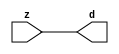

//------> ./rtl_mgc_ioport.v 
//------------------------------------------------------------------
//                M G C _ I O P O R T _ C O M P S
//------------------------------------------------------------------

//------------------------------------------------------------------
//                       M O D U L E S
//------------------------------------------------------------------

//------------------------------------------------------------------
//-- INPUT ENTITIES
//------------------------------------------------------------------

module mgc_in_wire (d, z);

  parameter integer rscid = 1;
  parameter integer width = 8;

  output [width-1:0] d;
  input  [width-1:0] z;

  wire   [width-1:0] d;

  assign d = z;

endmodule

//------------------------------------------------------------------

module mgc_in_wire_en (ld, d, lz, z);

  parameter integer rscid = 1;
  parameter integer width = 8;

  input              ld;
  output [width-1:0] d;
  output             lz;
  input  [width-1:0] z;

  wire   [width-1:0] d;
  wire               lz;

  assign d = z;
  assign lz = ld;

endmodule

//------------------------------------------------------------------

module mgc_in_wire_wait (ld, vd, d, lz, vz, z);

  parameter integer rscid = 1;
  parameter integer width = 8;

  input              ld;
  output             vd;
  output [width-1:0] d;
  output             lz;
  input              vz;
  input  [width-1:0] z;

  wire               vd;
  wire   [width-1:0] d;
  wire               lz;

  assign d = z;
  assign lz = ld;
  assign vd = vz;

endmodule
//------------------------------------------------------------------

module mgc_chan_in (ld, vd, d, lz, vz, z, size, req_size, sizez, sizelz);

  parameter integer rscid = 1;
  parameter integer width = 8;
  parameter integer sz_width = 8;

  input              ld;
  output             vd;
  output [width-1:0] d;
  output             lz;
  input              vz;
  input  [width-1:0] z;
  output [sz_width-1:0] size;
  input              req_size;
  input  [sz_width-1:0] sizez;
  output             sizelz;


  wire               vd;
  wire   [width-1:0] d;
  wire               lz;
  wire   [sz_width-1:0] size;
  wire               sizelz;

  assign d = z;
  assign lz = ld;
  assign vd = vz;
  assign size = sizez;
  assign sizelz = req_size;

endmodule


//------------------------------------------------------------------
//-- OUTPUT ENTITIES
//------------------------------------------------------------------

module mgc_out_stdreg (d, z);

  parameter integer rscid = 1;
  parameter integer width = 8;

  input    [width-1:0] d;
  output   [width-1:0] z;

  wire     [width-1:0] z;

  assign z = d;

endmodule

//------------------------------------------------------------------

module mgc_out_stdreg_en (ld, d, lz, z);

  parameter integer rscid = 1;
  parameter integer width = 8;

  input              ld;
  input  [width-1:0] d;
  output             lz;
  output [width-1:0] z;

  wire               lz;
  wire   [width-1:0] z;

  assign z = d;
  assign lz = ld;

endmodule

//------------------------------------------------------------------

module mgc_out_stdreg_wait (ld, vd, d, lz, vz, z);

  parameter integer rscid = 1;
  parameter integer width = 8;

  input              ld;
  output             vd;
  input  [width-1:0] d;
  output             lz;
  input              vz;
  output [width-1:0] z;

  wire               vd;
  wire               lz;
  wire   [width-1:0] z;

  assign z = d;
  assign lz = ld;
  assign vd = vz;

endmodule

//------------------------------------------------------------------

module mgc_out_prereg_en (ld, d, lz, z);

    parameter integer rscid = 1;
    parameter integer width = 8;

    input              ld;
    input  [width-1:0] d;
    output             lz;
    output [width-1:0] z;

    wire               lz;
    wire   [width-1:0] z;

    assign z = d;
    assign lz = ld;

endmodule

//------------------------------------------------------------------
//-- INOUT ENTITIES
//------------------------------------------------------------------

module mgc_inout_stdreg_en (ldin, din, ldout, dout, lzin, lzout, z);

    parameter integer rscid = 1;
    parameter integer width = 8;

    input              ldin;
    output [width-1:0] din;
    input              ldout;
    input  [width-1:0] dout;
    output             lzin;
    output             lzout;
    inout  [width-1:0] z;

    wire   [width-1:0] din;
    wire               lzin;
    wire               lzout;
    wire   [width-1:0] z;

    assign lzin = ldin;
    assign din = ldin ? z : {width{1'bz}};
    assign lzout = ldout;
    assign z = ldout ? dout : {width{1'bz}};

endmodule

//------------------------------------------------------------------
module hid_tribuf( I_SIG, ENABLE, O_SIG);
  parameter integer width = 8;

  input [width-1:0] I_SIG;
  input ENABLE;
  inout [width-1:0] O_SIG;

  assign O_SIG = (ENABLE) ? I_SIG : { width{1'bz}};

endmodule
//------------------------------------------------------------------

module mgc_inout_stdreg_wait (ldin, vdin, din, ldout, vdout, dout, lzin, vzin, lzout, vzout, z);

    parameter integer rscid = 1;
    parameter integer width = 8;

    input              ldin;
    output             vdin;
    output [width-1:0] din;
    input              ldout;
    output             vdout;
    input  [width-1:0] dout;
    output             lzin;
    input              vzin;
    output             lzout;
    input              vzout;
    inout  [width-1:0] z;

    wire               vdin;
    wire   [width-1:0] din;
    wire               vdout;
    wire               lzin;
    wire               lzout;
    wire   [width-1:0] z;
    wire   ldout_and_vzout;

    assign lzin = ldin;
    assign vdin = vzin;
    assign din = ldin ? z : {width{1'bz}};
    assign lzout = ldout;
    assign vdout = vzout ;
    assign ldout_and_vzout = ldout && vzout ;

    hid_tribuf #(width) tb( .I_SIG(dout),
                            .ENABLE(ldout_and_vzout),
                            .O_SIG(z) );

endmodule

//------------------------------------------------------------------

module mgc_inout_buf_wait (clk, en, arst, srst, ldin, vdin, din, ldout, vdout, dout, lzin, vzin, lzout, vzout, z);

    parameter integer rscid   = 0; // resource ID
    parameter integer width   = 8; // fifo width
    parameter         ph_clk  =  1'b1; // clock polarity 1=rising edge, 0=falling edge
    parameter         ph_en   =  1'b1; // clock enable polarity
    parameter         ph_arst =  1'b1; // async reset polarity
    parameter         ph_srst =  1'b1; // sync reset polarity

    input              clk;
    input              en;
    input              arst;
    input              srst;
    input              ldin;
    output             vdin;
    output [width-1:0] din;
    input              ldout;
    output             vdout;
    input  [width-1:0] dout;
    output             lzin;
    input              vzin;
    output             lzout;
    input              vzout;
    inout  [width-1:0] z;

    wire               lzout_buf;
    wire               vzout_buf;
    wire   [width-1:0] z_buf;
    wire               vdin;
    wire   [width-1:0] din;
    wire               vdout;
    wire               lzin;
    wire               lzout;
    wire   [width-1:0] z;

    assign lzin = ldin;
    assign vdin = vzin;
    assign din = ldin ? z : {width{1'bz}};
    assign lzout = lzout_buf & ~ldin;
    assign vzout_buf = vzout & ~ldin;
    hid_tribuf #(width) tb( .I_SIG(z_buf),
                            .ENABLE((lzout_buf && (!ldin) && vzout) ),
                            .O_SIG(z)  );

    mgc_out_buf_wait
    #(
        .rscid   (rscid),
        .width   (width),
        .ph_clk  (ph_clk),
        .ph_en   (ph_en),
        .ph_arst (ph_arst),
        .ph_srst (ph_srst)
    )
    BUFF
    (
        .clk     (clk),
        .en      (en),
        .arst    (arst),
        .srst    (srst),
        .ld      (ldout),
        .vd      (vdout),
        .d       (dout),
        .lz      (lzout_buf),
        .vz      (vzout_buf),
        .z       (z_buf)
    );


endmodule

module mgc_inout_fifo_wait (clk, en, arst, srst, ldin, vdin, din, ldout, vdout, dout, lzin, vzin, lzout, vzout, z);

    parameter integer rscid   = 0; // resource ID
    parameter integer width   = 8; // fifo width
    parameter integer fifo_sz = 8; // fifo depth
    parameter         ph_clk  = 1'b1;  // clock polarity 1=rising edge, 0=falling edge
    parameter         ph_en   = 1'b1;  // clock enable polarity
    parameter         ph_arst = 1'b1;  // async reset polarity
    parameter         ph_srst = 1'b1;  // sync reset polarity
    parameter integer ph_log2 = 3;     // log2(fifo_sz)
    parameter integer pwropt  = 0;     // pwropt

    input              clk;
    input              en;
    input              arst;
    input              srst;
    input              ldin;
    output             vdin;
    output [width-1:0] din;
    input              ldout;
    output             vdout;
    input  [width-1:0] dout;
    output             lzin;
    input              vzin;
    output             lzout;
    input              vzout;
    inout  [width-1:0] z;

    wire               lzout_buf;
    wire               vzout_buf;
    wire   [width-1:0] z_buf;
    wire               comb;
    wire               vdin;
    wire   [width-1:0] din;
    wire               vdout;
    wire               lzin;
    wire               lzout;
    wire   [width-1:0] z;

    assign lzin = ldin;
    assign vdin = vzin;
    assign din = ldin ? z : {width{1'bz}};
    assign lzout = lzout_buf & ~ldin;
    assign vzout_buf = vzout & ~ldin;
    assign comb = (lzout_buf && (!ldin) && vzout);

    hid_tribuf #(width) tb2( .I_SIG(z_buf), .ENABLE(comb), .O_SIG(z)  );

    mgc_out_fifo_wait
    #(
        .rscid   (rscid),
        .width   (width),
        .fifo_sz (fifo_sz),
        .ph_clk  (ph_clk),
        .ph_en   (ph_en),
        .ph_arst (ph_arst),
        .ph_srst (ph_srst),
        .ph_log2 (ph_log2),
        .pwropt  (pwropt)
    )
    FIFO
    (
        .clk   (clk),
        .en      (en),
        .arst    (arst),
        .srst    (srst),
        .ld      (ldout),
        .vd      (vdout),
        .d       (dout),
        .lz      (lzout_buf),
        .vz      (vzout_buf),
        .z       (z_buf)
    );

endmodule

//------------------------------------------------------------------
//-- I/O SYNCHRONIZATION ENTITIES
//------------------------------------------------------------------

module mgc_io_sync (ld, lz);

    input  ld;
    output lz;

    assign lz = ld;

endmodule

module mgc_bsync_rdy (rd, rz);

    parameter integer rscid   = 0; // resource ID
    parameter ready = 1;
    parameter valid = 0;

    input  rd;
    output rz;

    wire   rz;

    assign rz = rd;

endmodule

module mgc_bsync_vld (vd, vz);

    parameter integer rscid   = 0; // resource ID
    parameter ready = 0;
    parameter valid = 1;

    output vd;
    input  vz;

    wire   vd;

    assign vd = vz;

endmodule

module mgc_bsync_rv (rd, vd, rz, vz);

    parameter integer rscid   = 0; // resource ID
    parameter ready = 1;
    parameter valid = 1;

    input  rd;
    output vd;
    output rz;
    input  vz;

    wire   vd;
    wire   rz;

    assign rz = rd;
    assign vd = vz;

endmodule

//------------------------------------------------------------------

module mgc_sync (ldin, vdin, ldout, vdout);

  input  ldin;
  output vdin;
  input  ldout;
  output vdout;

  wire   vdin;
  wire   vdout;

  assign vdin = ldout;
  assign vdout = ldin;

endmodule

///////////////////////////////////////////////////////////////////////////////
// dummy function used to preserve funccalls for modulario
// it looks like a memory read to the caller
///////////////////////////////////////////////////////////////////////////////
module funccall_inout (d, ad, bd, z, az, bz);

  parameter integer ram_id = 1;
  parameter integer width = 8;
  parameter integer addr_width = 8;

  output [width-1:0]       d;
  input  [addr_width-1:0]  ad;
  input                    bd;
  input  [width-1:0]       z;
  output [addr_width-1:0]  az;
  output                   bz;

  wire   [width-1:0]       d;
  wire   [addr_width-1:0]  az;
  wire                     bz;

  assign d  = z;
  assign az = ad;
  assign bz = bd;

endmodule


///////////////////////////////////////////////////////////////////////////////
// inlinable modular io not otherwise found in mgc_ioport
///////////////////////////////////////////////////////////////////////////////

module modulario_en_in (vd, d, vz, z);

  parameter integer rscid = 1;
  parameter integer width = 8;

  output             vd;
  output [width-1:0] d;
  input              vz;
  input  [width-1:0] z;

  wire   [width-1:0] d;
  wire               vd;

  assign d = z;
  assign vd = vz;

endmodule

//------> ./rtl_mgc_ioport_v2001.v 
//------------------------------------------------------------------

module mgc_out_reg_pos (clk, en, arst, srst, ld, d, lz, z);

    parameter integer rscid   = 1;
    parameter integer width   = 8;
    parameter         ph_en   =  1'b1;
    parameter         ph_arst =  1'b1;
    parameter         ph_srst =  1'b1;

    input              clk;
    input              en;
    input              arst;
    input              srst;
    input              ld;
    input  [width-1:0] d;
    output             lz;
    output [width-1:0] z;

    reg                lz;
    reg    [width-1:0] z;

    generate
    if (ph_arst == 1'b0)
    begin: NEG_ARST
        always @(posedge clk or negedge arst)
        if (arst == 1'b0)
        begin: B1
            lz <= 1'b0;
            z  <= {width{1'b0}};
        end
        else if (srst == ph_srst)
        begin: B2
            lz <= 1'b0;
            z  <= {width{1'b0}};
        end
        else if (en == ph_en)
        begin: B3
            lz <= ld;
            z  <= (ld) ? d : z;
        end
    end
    else
    begin: POS_ARST
        always @(posedge clk or posedge arst)
        if (arst == 1'b1)
        begin: B1
            lz <= 1'b0;
            z  <= {width{1'b0}};
        end
        else if (srst == ph_srst)
        begin: B2
            lz <= 1'b0;
            z  <= {width{1'b0}};
        end
        else if (en == ph_en)
        begin: B3
            lz <= ld;
            z  <= (ld) ? d : z;
        end
    end
    endgenerate

endmodule

//------------------------------------------------------------------

module mgc_out_reg_neg (clk, en, arst, srst, ld, d, lz, z);

    parameter integer rscid   = 1;
    parameter integer width   = 8;
    parameter         ph_en   =  1'b1;
    parameter         ph_arst =  1'b1;
    parameter         ph_srst =  1'b1;

    input              clk;
    input              en;
    input              arst;
    input              srst;
    input              ld;
    input  [width-1:0] d;
    output             lz;
    output [width-1:0] z;

    reg                lz;
    reg    [width-1:0] z;

    generate
    if (ph_arst == 1'b0)
    begin: NEG_ARST
        always @(negedge clk or negedge arst)
        if (arst == 1'b0)
        begin: B1
            lz <= 1'b0;
            z  <= {width{1'b0}};
        end
        else if (srst == ph_srst)
        begin: B2
            lz <= 1'b0;
            z  <= {width{1'b0}};
        end
        else if (en == ph_en)
        begin: B3
            lz <= ld;
            z  <= (ld) ? d : z;
        end
    end
    else
    begin: POS_ARST
        always @(negedge clk or posedge arst)
        if (arst == 1'b1)
        begin: B1
            lz <= 1'b0;
            z  <= {width{1'b0}};
        end
        else if (srst == ph_srst)
        begin: B2
            lz <= 1'b0;
            z  <= {width{1'b0}};
        end
        else if (en == ph_en)
        begin: B3
            lz <= ld;
            z  <= (ld) ? d : z;
        end
    end
    endgenerate

endmodule

//------------------------------------------------------------------

module mgc_out_reg (clk, en, arst, srst, ld, d, lz, z); // Not Supported

    parameter integer rscid   = 1;
    parameter integer width   = 8;
    parameter         ph_clk  =  1'b1;
    parameter         ph_en   =  1'b1;
    parameter         ph_arst =  1'b1;
    parameter         ph_srst =  1'b1;

    input              clk;
    input              en;
    input              arst;
    input              srst;
    input              ld;
    input  [width-1:0] d;
    output             lz;
    output [width-1:0] z;


    generate
    if (ph_clk == 1'b0)
    begin: NEG_EDGE

        mgc_out_reg_neg
        #(
            .rscid   (rscid),
            .width   (width),
            .ph_en   (ph_en),
            .ph_arst (ph_arst),
            .ph_srst (ph_srst)
        )
        mgc_out_reg_neg_inst
        (
            .clk     (clk),
            .en      (en),
            .arst    (arst),
            .srst    (srst),
            .ld      (ld),
            .d       (d),
            .lz      (lz),
            .z       (z)
        );

    end
    else
    begin: POS_EDGE

        mgc_out_reg_pos
        #(
            .rscid   (rscid),
            .width   (width),
            .ph_en   (ph_en),
            .ph_arst (ph_arst),
            .ph_srst (ph_srst)
        )
        mgc_out_reg_pos_inst
        (
            .clk     (clk),
            .en      (en),
            .arst    (arst),
            .srst    (srst),
            .ld      (ld),
            .d       (d),
            .lz      (lz),
            .z       (z)
        );

    end
    endgenerate

endmodule




//------------------------------------------------------------------

module mgc_out_buf_wait (clk, en, arst, srst, ld, vd, d, vz, lz, z); // Not supported

    parameter integer rscid   = 1;
    parameter integer width   = 8;
    parameter         ph_clk  =  1'b1;
    parameter         ph_en   =  1'b1;
    parameter         ph_arst =  1'b1;
    parameter         ph_srst =  1'b1;

    input              clk;
    input              en;
    input              arst;
    input              srst;
    input              ld;
    output             vd;
    input  [width-1:0] d;
    output             lz;
    input              vz;
    output [width-1:0] z;

    wire               filled;
    wire               filled_next;
    wire   [width-1:0] abuf;
    wire               lbuf;


    assign filled_next = (filled & (~vz)) | (filled & ld) | (ld & (~vz));

    assign lbuf = ld & ~(filled ^ vz);

    assign vd = vz | ~filled;

    assign lz = ld | filled;

    assign z = (filled) ? abuf : d;

    wire dummy;
    wire dummy_bufreg_lz;

    // Output registers:
    mgc_out_reg
    #(
        .rscid   (rscid),
        .width   (1'b1),
        .ph_clk  (ph_clk),
        .ph_en   (ph_en),
        .ph_arst (ph_arst),
        .ph_srst (ph_srst)
    )
    STATREG
    (
        .clk     (clk),
        .en      (en),
        .arst    (arst),
        .srst    (srst),
        .ld      (filled_next),
        .d       (1'b0),       // input d is unused
        .lz      (filled),
        .z       (dummy)            // output z is unused
    );

    mgc_out_reg
    #(
        .rscid   (rscid),
        .width   (width),
        .ph_clk  (ph_clk),
        .ph_en   (ph_en),
        .ph_arst (ph_arst),
        .ph_srst (ph_srst)
    )
    BUFREG
    (
        .clk     (clk),
        .en      (en),
        .arst    (arst),
        .srst    (srst),
        .ld      (lbuf),
        .d       (d),
        .lz      (dummy_bufreg_lz),
        .z       (abuf)
    );

endmodule

//------------------------------------------------------------------

module mgc_out_fifo_wait (clk, en, arst, srst, ld, vd, d, lz, vz,  z);

    parameter integer rscid   = 0; // resource ID
    parameter integer width   = 8; // fifo width
    parameter integer fifo_sz = 8; // fifo depth
    parameter         ph_clk  = 1'b1; // clock polarity 1=rising edge, 0=falling edge
    parameter         ph_en   = 1'b1; // clock enable polarity
    parameter         ph_arst = 1'b1; // async reset polarity
    parameter         ph_srst = 1'b1; // sync reset polarity
    parameter integer ph_log2 = 3; // log2(fifo_sz)
    parameter integer pwropt  = 0; // pwropt


    input                 clk;
    input                 en;
    input                 arst;
    input                 srst;
    input                 ld;    // load data
    output                vd;    // fifo full active low
    input     [width-1:0] d;
    output                lz;    // fifo ready to send
    input                 vz;    // dest ready for data
    output    [width-1:0] z;

    wire    [31:0]      size;


      // Output registers:
 mgc_out_fifo_wait_core#(
        .rscid   (rscid),
        .width   (width),
        .sz_width (32),
        .fifo_sz (fifo_sz),
        .ph_clk  (ph_clk),
        .ph_en   (ph_en),
        .ph_arst (ph_arst),
        .ph_srst (ph_srst),
        .ph_log2 (ph_log2),
        .pwropt  (pwropt)
        ) CORE (
        .clk (clk),
        .en (en),
        .arst (arst),
        .srst (srst),
        .ld (ld),
        .vd (vd),
        .d (d),
        .lz (lz),
        .vz (vz),
        .z (z),
        .size (size)
        );

endmodule



module mgc_out_fifo_wait_core (clk, en, arst, srst, ld, vd, d, lz, vz,  z, size);

    parameter integer rscid   = 0; // resource ID
    parameter integer width   = 8; // fifo width
    parameter integer sz_width = 8; // size of port for elements in fifo
    parameter integer fifo_sz = 8; // fifo depth
    parameter         ph_clk  =  1'b1; // clock polarity 1=rising edge, 0=falling edge
    parameter         ph_en   =  1'b1; // clock enable polarity
    parameter         ph_arst =  1'b1; // async reset polarity
    parameter         ph_srst =  1'b1; // sync reset polarity
    parameter integer ph_log2 = 3; // log2(fifo_sz)
    parameter integer pwropt  = 0; // pwropt

   localparam integer  fifo_b = width * fifo_sz;

    input                 clk;
    input                 en;
    input                 arst;
    input                 srst;
    input                 ld;    // load data
    output                vd;    // fifo full active low
    input     [width-1:0] d;
    output                lz;    // fifo ready to send
    input                 vz;    // dest ready for data
    output    [width-1:0] z;
    output    [sz_width-1:0]      size;

    reg      [( (fifo_sz > 0) ? fifo_sz : 1)-1:0] stat_pre;
    wire     [( (fifo_sz > 0) ? fifo_sz : 1)-1:0] stat;
    reg      [( (fifo_b > 0) ? fifo_b : 1)-1:0] buff_pre;
    wire     [( (fifo_b > 0) ? fifo_b : 1)-1:0] buff;
    reg      [( (fifo_sz > 0) ? fifo_sz : 1)-1:0] en_l;
    reg      [(((fifo_sz > 0) ? fifo_sz : 1)-1)/8:0] en_l_s;

    reg       [width-1:0] buff_nxt;

    reg                   stat_nxt;
    reg                   stat_before;
    reg                   stat_after;
    reg                   en_l_var;

    integer               i;
    genvar                eni;

    wire [32:0]           size_t;
    reg [31:0]            count;
    reg [31:0]            count_t;
    reg [32:0]            n_elem;
// pragma translate_off
    reg [31:0]            peak;
// pragma translate_on

    wire [( (fifo_sz > 0) ? fifo_sz : 1)-1:0] dummy_statreg_lz;
    wire [( (fifo_b > 0) ? fifo_b : 1)-1:0] dummy_bufreg_lz;

    generate
    if ( fifo_sz > 0 )
    begin: FIFO_REG
      assign vd = vz | ~stat[0];
      assign lz = ld | stat[fifo_sz-1];
      assign size_t = (count - (vz && stat[fifo_sz-1])) + ld;
      assign size = size_t[sz_width-1:0];
      assign z = (stat[fifo_sz-1]) ? buff[fifo_b-1:width*(fifo_sz-1)] : d;

      always @(*)
      begin: FIFOPROC
        n_elem = 33'b0;
        for (i = fifo_sz-1; i >= 0; i = i - 1)
        begin
          if (i != 0)
            stat_before = stat[i-1];
          else
            stat_before = 1'b0;

          if (i != (fifo_sz-1))
            stat_after = stat[i+1];
          else
            stat_after = 1'b1;

          stat_nxt = stat_after &
                    (stat_before | (stat[i] & (~vz)) | (stat[i] & ld) | (ld & (~vz)));

          stat_pre[i] = stat_nxt;
          en_l_var = 1'b1;
          if (!stat_nxt)
            begin
              buff_nxt = {width{1'b0}};
              en_l_var = 1'b0;
            end
          else if (vz && stat_before)
            buff_nxt[0+:width] = buff[width*(i-1)+:width];
          else if (ld && !((vz && stat_before) || ((!vz) && stat[i])))
            buff_nxt = d;
          else
            begin
              if (pwropt == 0)
                buff_nxt[0+:width] = buff[width*i+:width];
              else
                buff_nxt = {width{1'b0}};
              en_l_var = 1'b0;
            end

          if (ph_en != 0)
            en_l[i] = en & en_l_var;
          else
            en_l[i] = en | ~en_l_var;

          buff_pre[width*i+:width] = buff_nxt[0+:width];

          if ((stat_after == 1'b1) && (stat[i] == 1'b0))
            n_elem = ($unsigned(fifo_sz) - 1) - i;
        end

        if (ph_en != 0)
          en_l_s[(((fifo_sz > 0) ? fifo_sz : 1)-1)/8] = 1'b1;
        else
          en_l_s[(((fifo_sz > 0) ? fifo_sz : 1)-1)/8] = 1'b0;

        for (i = fifo_sz-1; i >= 7; i = i - 1)
        begin
          if ((i%'d2) == 0)
          begin
            if (ph_en != 0)
              en_l_s[(i/8)-1] = en & (stat[i]|stat_pre[i-1]);
            else
              en_l_s[(i/8)-1] = en | ~(stat[i]|stat_pre[i-1]);
          end
        end

        if ( stat[fifo_sz-1] == 1'b0 )
          count_t = 32'b0;
        else if ( stat[0] == 1'b1 )
          count_t = { {(32-ph_log2){1'b0}}, fifo_sz};
        else
          count_t = n_elem[31:0];
        count = count_t;
// pragma translate_off
        if ( peak < count )
          peak = count;
// pragma translate_on
      end

      if (pwropt == 0)
      begin: NOCGFIFO
        // Output registers:
        mgc_out_reg
        #(
            .rscid   (rscid),
            .width   (fifo_sz),
            .ph_clk  (ph_clk),
            .ph_en   (ph_en),
            .ph_arst (ph_arst),
            .ph_srst (ph_srst)
        )
        STATREG
        (
            .clk     (clk),
            .en      (en),
            .arst    (arst),
            .srst    (srst),
            .ld      (1'b1),
            .d       (stat_pre),
            .lz      (dummy_statreg_lz[0]),
            .z       (stat)
        );
        mgc_out_reg
        #(
            .rscid   (rscid),
            .width   (fifo_b),
            .ph_clk  (ph_clk),
            .ph_en   (ph_en),
            .ph_arst (ph_arst),
            .ph_srst (ph_srst)
        )
        BUFREG
        (
            .clk     (clk),
            .en      (en),
            .arst    (arst),
            .srst    (srst),
            .ld      (1'b1),
            .d       (buff_pre),
            .lz      (dummy_bufreg_lz[0]),
            .z       (buff)
        );
      end
      else
      begin: CGFIFO
        // Output registers:
        if ( pwropt > 1)
        begin: CGSTATFIFO2
          for (eni = fifo_sz-1; eni >= 0; eni = eni - 1)
          begin: pwroptGEN1
            mgc_out_reg
            #(
              .rscid   (rscid),
              .width   (1),
              .ph_clk  (ph_clk),
              .ph_en   (ph_en),
              .ph_arst (ph_arst),
              .ph_srst (ph_srst)
            )
            STATREG
            (
              .clk     (clk),
              .en      (en_l_s[eni/8]),
              .arst    (arst),
              .srst    (srst),
              .ld      (1'b1),
              .d       (stat_pre[eni]),
              .lz      (dummy_statreg_lz[eni]),
              .z       (stat[eni])
            );
          end
        end
        else
        begin: CGSTATFIFO
          mgc_out_reg
          #(
            .rscid   (rscid),
            .width   (fifo_sz),
            .ph_clk  (ph_clk),
            .ph_en   (ph_en),
            .ph_arst (ph_arst),
            .ph_srst (ph_srst)
          )
          STATREG
          (
            .clk     (clk),
            .en      (en),
            .arst    (arst),
            .srst    (srst),
            .ld      (1'b1),
            .d       (stat_pre),
            .lz      (dummy_statreg_lz[0]),
            .z       (stat)
          );
        end
        for (eni = fifo_sz-1; eni >= 0; eni = eni - 1)
        begin: pwroptGEN2
          mgc_out_reg
          #(
            .rscid   (rscid),
            .width   (width),
            .ph_clk  (ph_clk),
            .ph_en   (ph_en),
            .ph_arst (ph_arst),
            .ph_srst (ph_srst)
          )
          BUFREG
          (
            .clk     (clk),
            .en      (en_l[eni]),
            .arst    (arst),
            .srst    (srst),
            .ld      (1'b1),
            .d       (buff_pre[width*eni+:width]),
            .lz      (dummy_bufreg_lz[eni]),
            .z       (buff[width*eni+:width])
          );
        end
      end
    end
    else
    begin: FEED_THRU
      assign vd = vz;
      assign lz = ld;
      assign z = d;
      assign size = ld && !vz;
    end
    endgenerate

endmodule

//------------------------------------------------------------------
//-- PIPE ENTITIES
//------------------------------------------------------------------
/*
 *
 *             _______________________________________________
 * WRITER    |                                               |          READER
 *           |           MGC_PIPE                            |
 *           |           __________________________          |
 *        --<| vdout  --<| vd ---------------  vz<|-----ldin<|---
 *           |           |      FIFO              |          |
 *        ---|>ldout  ---|>ld ---------------- lz |> ---vdin |>--
 *        ---|>dout -----|>d  ---------------- dz |> ----din |>--
 *           |           |________________________|          |
 *           |_______________________________________________|
 */
// two clock pipe
module mgc_pipe (clk, en, arst, srst, ldin, vdin, din, ldout, vdout, dout, size, req_size);

    parameter integer rscid   = 0; // resource ID
    parameter integer width   = 8; // fifo width
    parameter integer sz_width = 8; // width of size of elements in fifo
    parameter integer fifo_sz = 8; // fifo depth
    parameter integer log2_sz = 3; // log2(fifo_sz)
    parameter         ph_clk  = 1'b1;  // clock polarity 1=rising edge, 0=falling edge
    parameter         ph_en   = 1'b1;  // clock enable polarity
    parameter         ph_arst = 1'b1;  // async reset polarity
    parameter         ph_srst = 1'b1;  // sync reset polarity
    parameter integer pwropt  = 0; // pwropt

    input              clk;
    input              en;
    input              arst;
    input              srst;
    input              ldin;
    output             vdin;
    output [width-1:0] din;
    input              ldout;
    output             vdout;
    input  [width-1:0] dout;
    output [sz_width-1:0]      size;
    input              req_size;


    mgc_out_fifo_wait_core
    #(
        .rscid    (rscid),
        .width    (width),
        .sz_width (sz_width),
        .fifo_sz  (fifo_sz),
        .ph_clk   (ph_clk),
        .ph_en    (ph_en),
        .ph_arst  (ph_arst),
        .ph_srst  (ph_srst),
        .ph_log2  (log2_sz),
        .pwropt   (pwropt)
    )
    FIFO
    (
        .clk     (clk),
        .en      (en),
        .arst    (arst),
        .srst    (srst),
        .ld      (ldout),
        .vd      (vdout),
        .d       (dout),
        .lz      (vdin),
        .vz      (ldin),
        .z       (din),
        .size    (size)
    );

endmodule


//------> ./rtl.v 
// ----------------------------------------------------------------------
//  HLS HDL:        Verilog Netlister
//  HLS Version:    2011a.126 Production Release
//  HLS Date:       Wed Aug  8 00:52:07 PDT 2012
// 
//  Generated by:   cm2715@EEWS104A-016
//  Generated date: Wed May 04 14:36:39 2016
// ----------------------------------------------------------------------

// 
// ------------------------------------------------------------------
//  Design Unit:    Render_core_fsm
//  FSM Module
// ------------------------------------------------------------------


module Render_core_fsm (
  clk, rst, fsm_output
);
  input clk;
  input rst;
  output [1:0] fsm_output;
  reg [1:0] fsm_output;


  // FSM State Type Declaration for Render_core_fsm_1
  parameter
    st_main = 1'd0,
    st_main_1 = 1'd1,
    state_x = 1'b0;

  reg [0:0] state_var;
  reg [0:0] state_var_NS;


  // Interconnect Declarations for Component Instantiations 
  always @(*)
  begin : Render_core_fsm_1
    case (state_var)
      st_main : begin
        fsm_output = 2'b1;
        state_var_NS = st_main_1;
      end
      st_main_1 : begin
        fsm_output = 2'b10;
        state_var_NS = st_main;
      end
      default : begin
        fsm_output = 2'b00;
        state_var_NS = st_main;
      end
    endcase
  end

  always @(posedge clk) begin
    if ( rst ) begin
      state_var <= st_main;
    end
    else begin
      state_var <= state_var_NS;
    end
  end

endmodule

// ------------------------------------------------------------------
//  Design Unit:    Render_core
// ------------------------------------------------------------------


module Render_core (
  clk, rst, X_pix_rsc_mgc_in_wire_d, Y_pix_rsc_mgc_in_wire_d, v_out_rsc_mgc_out_stdreg_d
);
  input clk;
  input rst;
  input [10:0] X_pix_rsc_mgc_in_wire_d;
  input [10:0] Y_pix_rsc_mgc_in_wire_d;
  output [11:0] v_out_rsc_mgc_out_stdreg_d;
  reg [11:0] v_out_rsc_mgc_out_stdreg_d;


  // Interconnect Declarations
  wire [1:0] fsm_output;
  wire C3443_12_dfmergedata_sg3_lpi_dfm;


  // Interconnect Declarations for Component Instantiations 
  Render_core_fsm Render_core_fsm_inst (
      .clk(clk),
      .rst(rst),
      .fsm_output(fsm_output)
    );
  assign C3443_12_dfmergedata_sg3_lpi_dfm = (readslicef_12_1_11((({1'b1 , (~ Y_pix_rsc_mgc_in_wire_d)})
      + 12'b1100000001))) | (readslicef_4_1_3((conv_u2u_3_4(Y_pix_rsc_mgc_in_wire_d[10:8])
      + 4'b1111))) | (readslicef_12_1_11((({1'b1 , (~ X_pix_rsc_mgc_in_wire_d)})
      + 12'b1111000001))) | (readslicef_6_1_5((conv_u2u_5_6(X_pix_rsc_mgc_in_wire_d[10:6])
      + 6'b111011))) | (~((readslicef_12_1_11((({1'b1 , (~ Y_pix_rsc_mgc_in_wire_d)})
      + 12'b1010011101))) | (readslicef_10_1_9((conv_u2u_9_10(Y_pix_rsc_mgc_in_wire_d[10:2])
      + 10'b1110100111))) | (readslicef_12_1_11((({1'b1 , (~ X_pix_rsc_mgc_in_wire_d)})
      + 12'b1101011101))) | (readslicef_10_1_9((conv_u2u_9_10(X_pix_rsc_mgc_in_wire_d[10:2])
      + 10'b1110010111)))));
  always @(posedge clk) begin
    if ( rst ) begin
      v_out_rsc_mgc_out_stdreg_d <= 12'b0;
    end
    else begin
      v_out_rsc_mgc_out_stdreg_d <= MUX_v_12_2_2({v_out_rsc_mgc_out_stdreg_d , ({2'b11
          , C3443_12_dfmergedata_sg3_lpi_dfm , 1'b1 , C3443_12_dfmergedata_sg3_lpi_dfm
          , 3'b111 , ({{1{C3443_12_dfmergedata_sg3_lpi_dfm}}, C3443_12_dfmergedata_sg3_lpi_dfm})
          , 2'b11})}, fsm_output[0]);
    end
  end

  function [0:0] readslicef_12_1_11;
    input [11:0] vector;
    reg [11:0] tmp;
  begin
    tmp = vector >> 11;
    readslicef_12_1_11 = tmp[0:0];
  end
  endfunction


  function [0:0] readslicef_4_1_3;
    input [3:0] vector;
    reg [3:0] tmp;
  begin
    tmp = vector >> 3;
    readslicef_4_1_3 = tmp[0:0];
  end
  endfunction


  function [0:0] readslicef_6_1_5;
    input [5:0] vector;
    reg [5:0] tmp;
  begin
    tmp = vector >> 5;
    readslicef_6_1_5 = tmp[0:0];
  end
  endfunction


  function [0:0] readslicef_10_1_9;
    input [9:0] vector;
    reg [9:0] tmp;
  begin
    tmp = vector >> 9;
    readslicef_10_1_9 = tmp[0:0];
  end
  endfunction


  function [11:0] MUX_v_12_2_2;
    input [23:0] inputs;
    input [0:0] sel;
    reg [11:0] result;
  begin
    case (sel)
      1'b0 : begin
        result = inputs[23:12];
      end
      1'b1 : begin
        result = inputs[11:0];
      end
      default : begin
        result = inputs[23:12];
      end
    endcase
    MUX_v_12_2_2 = result;
  end
  endfunction


  function  [3:0] conv_u2u_3_4 ;
    input [2:0]  vector ;
  begin
    conv_u2u_3_4 = {1'b0, vector};
  end
  endfunction


  function  [5:0] conv_u2u_5_6 ;
    input [4:0]  vector ;
  begin
    conv_u2u_5_6 = {1'b0, vector};
  end
  endfunction


  function  [9:0] conv_u2u_9_10 ;
    input [8:0]  vector ;
  begin
    conv_u2u_9_10 = {1'b0, vector};
  end
  endfunction

endmodule

// ------------------------------------------------------------------
//  Design Unit:    Render
//  Generated from file(s):
//    2) $PROJECT_HOME/src/Render.cpp
// ------------------------------------------------------------------


module Render (
  X_pix_rsc_z, Y_pix_rsc_z, v_out_rsc_z, clk, rst
);
  input [10:0] X_pix_rsc_z;
  input [10:0] Y_pix_rsc_z;
  output [11:0] v_out_rsc_z;
  input clk;
  input rst;


  // Interconnect Declarations
  wire [10:0] X_pix_rsc_mgc_in_wire_d;
  wire [10:0] Y_pix_rsc_mgc_in_wire_d;
  wire [11:0] v_out_rsc_mgc_out_stdreg_d;


  // Interconnect Declarations for Component Instantiations 
  mgc_in_wire #(.rscid(1),
  .width(11)) X_pix_rsc_mgc_in_wire (
      .d(X_pix_rsc_mgc_in_wire_d),
      .z(X_pix_rsc_z)
    );
  mgc_in_wire #(.rscid(2),
  .width(11)) Y_pix_rsc_mgc_in_wire (
      .d(Y_pix_rsc_mgc_in_wire_d),
      .z(Y_pix_rsc_z)
    );
  mgc_out_stdreg #(.rscid(3),
  .width(12)) v_out_rsc_mgc_out_stdreg (
      .d(v_out_rsc_mgc_out_stdreg_d),
      .z(v_out_rsc_z)
    );
  Render_core Render_core_inst (
      .clk(clk),
      .rst(rst),
      .X_pix_rsc_mgc_in_wire_d(X_pix_rsc_mgc_in_wire_d),
      .Y_pix_rsc_mgc_in_wire_d(Y_pix_rsc_mgc_in_wire_d),
      .v_out_rsc_mgc_out_stdreg_d(v_out_rsc_mgc_out_stdreg_d)
    );
endmodule